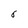
Character: 6